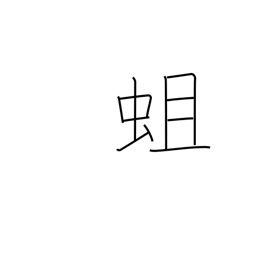
Meaning: grub